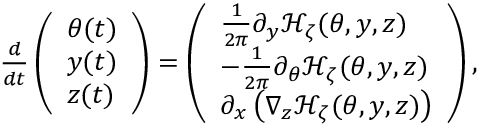
\begin{array} { r } { \frac { d } { d t } \left( \begin{array} { l } { \theta ( t ) } \\ { y ( t ) } \\ { z ( t ) } \end{array} \right) = \left( \begin{array} { l } { \frac { 1 } { 2 \pi } \partial _ { y } \mathcal { H } _ { \zeta } ( \theta , y , z ) } \\ { - \frac { 1 } { 2 \pi } \partial _ { \theta } \mathcal { H } _ { \zeta } ( \theta , y , z ) } \\ { \partial _ { x } \left( \nabla _ { z } \mathcal { H } _ { \zeta } ( \theta , y , z ) \right) } \end{array} \right) , } \end{array}